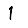
Digit: 1